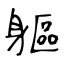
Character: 軀